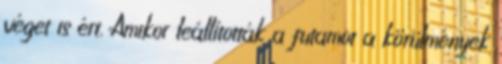
véget is ért. Amikor leállították a futamot a körülmények